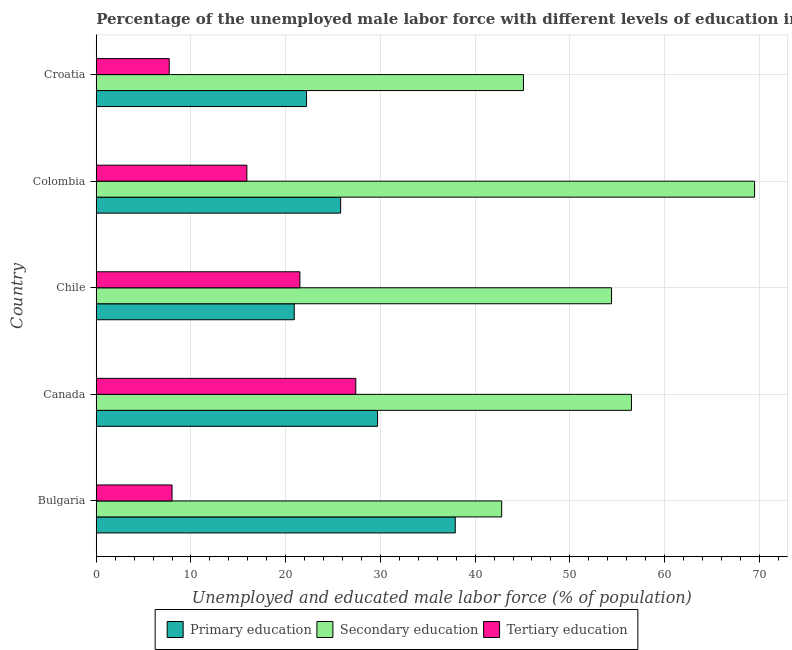
| Country | Primary education | Secondary education | Tertiary education |
 | --- | --- | --- | --- |
 | Bulgaria | 37.9 | 42.8 | 8 |
 | Canada | 29.7 | 56.5 | 27.4 |
 | Chile | 20.9 | 54.4 | 21.5 |
 | Colombia | 25.8 | 69.5 | 15.9 |
 | Croatia | 22.2 | 45.1 | 7.7 |